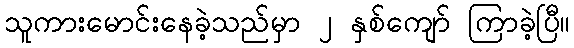
သူကားမောင်းနေခဲ့သည်မှာ ၂ နှစ်ကျော် ကြာခဲ့ပြီ။